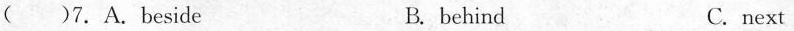
( )7.A.Beside B. behind C.next